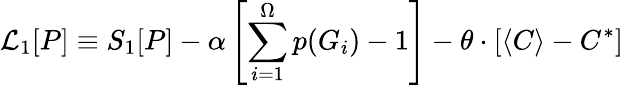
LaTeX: \mathcal{L}_{1}[P]\equiv S_{1}[P]-\alpha\left[\sum_{i=1}^{\Omega}p(G_{i})-1\right]-\theta\cdot\left[\langle C\rangle-C^{*}\right]